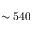
\sim 5 4 0